Report of the Indian Hemp Drugs Commission, 1894-1895 - Volume V
Year: 1894
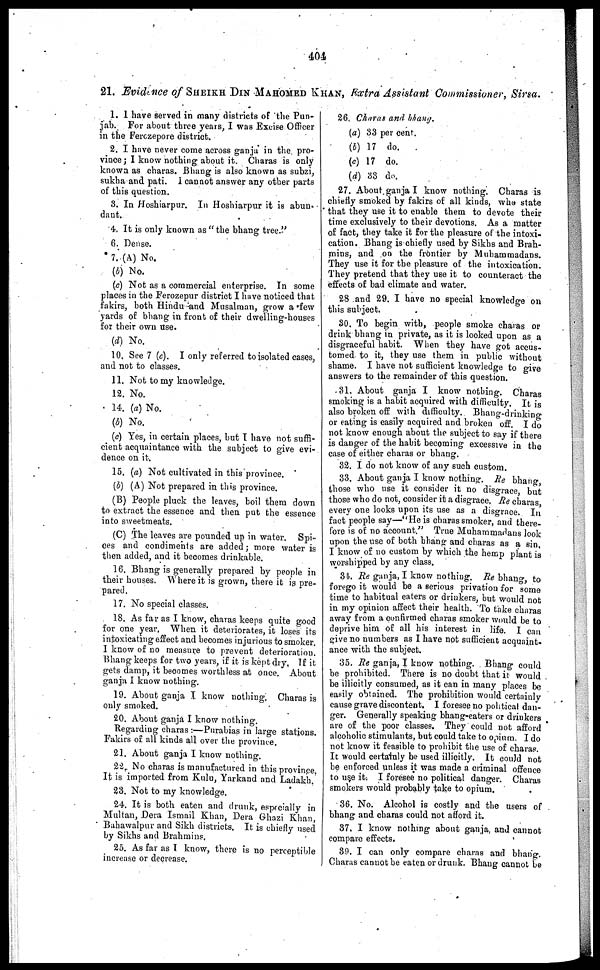
404
21. Evidence of SHEIKH DIN MAHOMED KHAN, Extra Assistant Commissioner, Sirsa.
1. I have served in many districts of the Pun-
jab. For about three years, I was Excise Officer
in the Ferczepore district.
2. I have never come across ganja in the pro-
vince; I know nothing about it. Charas is only
known as charas. Bhang is also known as subzi,
sukha and pati. I cannot answer any other parts
of this question.
3. In Hoshiarpur. In Hoshiarpur it is abun-
dant.
4. It is only known as "the bhang tree."
6. Dense.
7. (A) No.
(b) No.
(c) Not as a commercial enterprise. In some
places in the Ferozepur district I have noticed that
fakirs, both Hindu and Musalman, grow a few
yards of bhang in front of their dwelling-houses
for their own use.
(d) No.
10. See 7 (c). I only referred to isolated cases,
and not to classes.
11. Not to my knowledge.
12. No.
14. (a) No.
(b) No.
(c) Yes, in certain places, but I have not suffi-
cient acquaintance with the subject to give evi-
dence on it.
15. (a) Not cultivated in this province.
(b) (A) Not prepared in this province.
(B) People pluck the leaves, boil them down
to extract the essence and then put the essence
into sweetmeats.
(C) The leaves are pounded up in water. Spi-
ces and condiments are added; more water is
then added, and it becomes drinkable.
16. Bhang is generally prepared by people in
their houses. Where it is grown, there it is pre-
pared.
17. No special classes.
18. As far as I know, charas keeps quite good
for one year, When it deteriorates, it loses its
intoxicating effect and becomes injurious to smoker.
I know of no measure to prevent deterioration.
Bhang keeps for two years, if it is kept dry. If it
gets damp, it becomes worthless at once. About
ganja I know nothing.
19. About ganja I know nothing. Charas is
only smoked.
20. About ganja I know nothing.
Regarding charas:—Purabias in large stations.
Fakirs of all kinds all over the province.
21. About ganja I know nothing.
22. No charas is manufactured in this province.
It is imported from Kulu, Yarkand and Ladakh.
23. Not to my knowledge.
24. It is both eaten and drunk, especially in
Multan, Dera Ismail Khan, Dera Ghazi Khan,
Bahawalpur and Sikh districts. It is chiefly used
by Sikhs and Brahmins.
25. As far as I know, there is no perceptible
increase or decrease.
26. Charas and bhang.
(a) 33 per cent.
(b) 17 do.
(c) 17 do.
(d) 33 do.
27. About ganja I know nothing. Charas is
chiefly smoked by fakirs of all kinds, who state
that they use it to enable them to devote their
time exclusively to their devotions. As a matter
of fact, they take it for the pleasure of the intoxi-
cation. Bhang is chiefly used by Sikhs and Brah-
mins, and on the frontier by Muhammadans.
They use it for the pleasure of the intoxication.
They pretend that they use it to counteract the
effects of bad climate and water.
28 and 29. I have no special knowledge on
this subject.
30. To begin with, people smoke charas or
drink bhang in private, as it is looked upon as a
disgraceful habit. When they have got accus-
tomed to it, they use them in public without
shame. I have not sufficient knowledge to give
answers to the remainder of this question.
.31. About ganja I know nothing. Charas
smoking is a habit acquired with difficulty. It is
also broken off with difficulty. Bhang-drinking
or eating is easily acquired and broken off. I do
not know enough about the subject to say if there
is danger of the habit becoming excessive in the
case of either charas or bhang.
32. I do not know of any such custom.
33. About ganja I know nothing. Re bhang
those who use it consider it no disgrace but
those who do not, consider it a disgrace. Re charas
every one looks upon its use as a disgrace. In
fact people say—"He is charas smoker, and there-
fore is of no account." True Muhammadans look
upon the use of both bhang and charas as a sin
I know of no custom by which the hemp plant is
worshipped by any class.
34. Re ganja, I know nothing. Re bhang, to
forego it would be a serious privation for some
time to habitual eaters or drinkers, but would not
in my opinion affect their health. To take charas
away from a confirmed charas smoker would be to
deprive him of all his interest in life. I can
give no numbers as I have not sufficient acquaint-
ance with the subject.
35. Re ganja, I know nothing. Bhang could
be prohibited. There is no doubt that it would
be illicitly consumed, as it can in many places be
easily obtained. The prohibition would certainly
cause grave discontent. I foresee no political dan-
ger. Generally speaking bhang-eaters or drinkers
are of the poor classes. They could not afford
alcoholic stimulants, but could take to opium. I do
not know it feasible to prohibit the use of charas.
It would certainly be used illicitly. It could not
be enforced unless it was made a criminal offence
to use it. I foresee no political danger. Charas
smokers would probably take to opium.
36. No. Alcohol is costly and the users of
bhang and charas could not afford it.
37. I know nothing about ganja, and cannot
compare effects.
30. I can only compare charas and bhang.
Charas cannot be eaten or drunk. Bhang cannot be